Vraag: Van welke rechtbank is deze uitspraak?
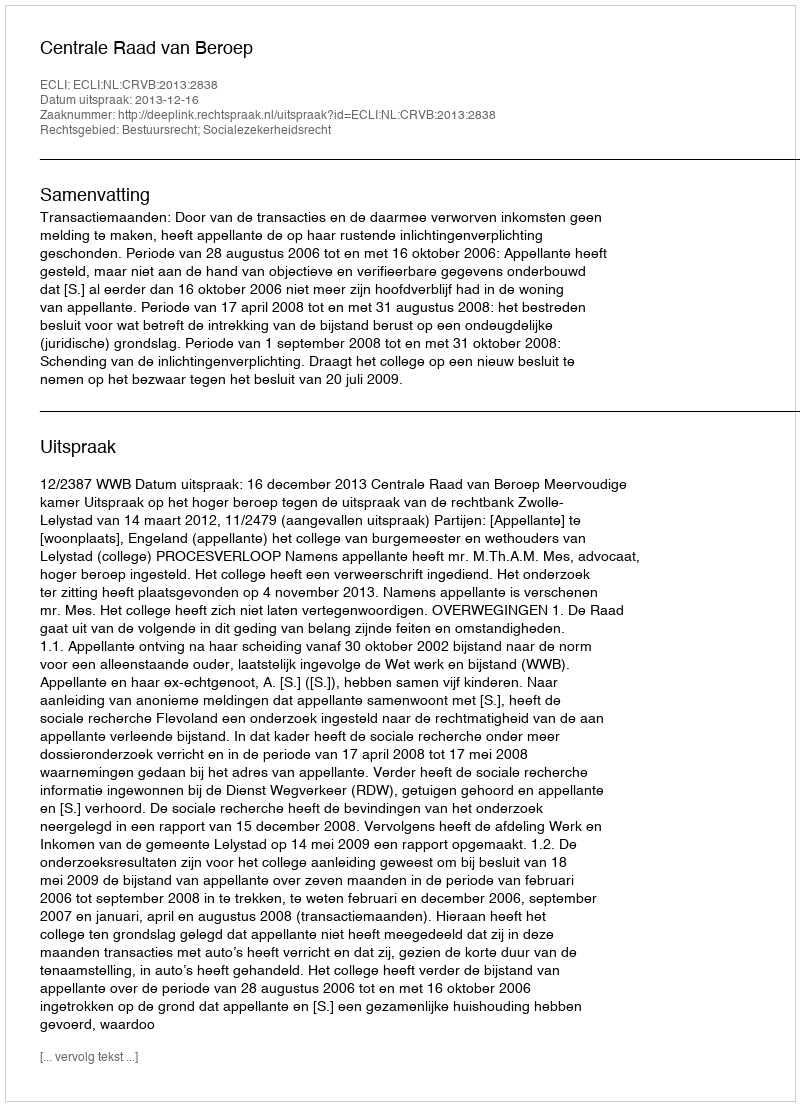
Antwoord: Centrale Raad van Beroep